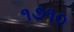
૧૭૧૦